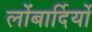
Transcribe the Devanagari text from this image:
लोंबार्दियों